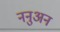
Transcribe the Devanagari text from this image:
ननुअन